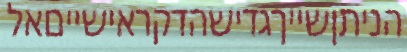
הניתןשייךגדישהדקראישייםאל